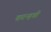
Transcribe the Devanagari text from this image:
कान्हची